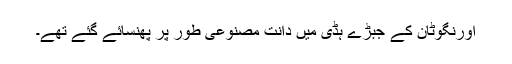
اورنگوٹان کے جبڑے ہڈی میں دانت مصنوعی طور پر پھنسائے گئے تھے۔